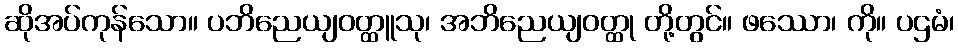
ဆိုအပ်ကုန်သော။ ပဘိညေယျဝတ္ထူသု၊ အဘိညေယျဝတ္ထု တို့တွင်။ ဖဿော၊ ကို။ ပဌမံ၊